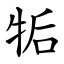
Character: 㸸